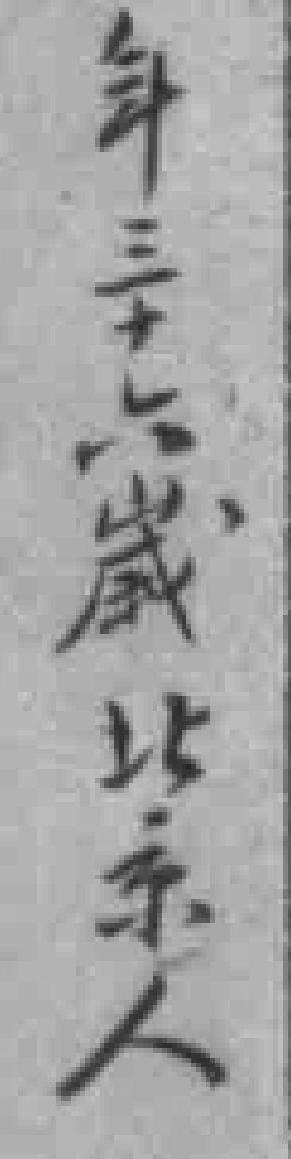
年三十六歲 北京人